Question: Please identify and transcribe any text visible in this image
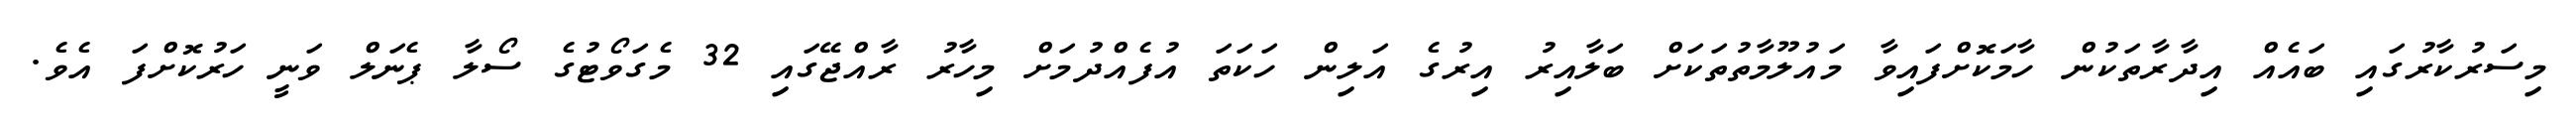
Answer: މިސަރުކާރުގައި ބައެއް އިދާރާތަކުން ހާމަކޮށްފައިވާ މައުލޫމާތުތަކަށް ބަލާއިރު އިރުގެ އަލިން ހަކަތަ އުފެއްދުމަށް މިހާރު ރާއްޖޭގައި 32 މެގަވޯޓުގެ ސޯލާ ޕެނަލް ވަނީ ހަރުކޮށްފަ އެވެ.